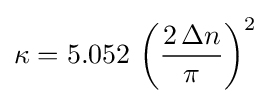
\kappa =5.052\,\left({\frac {2\,\Delta n}{\pi }}\right)^{2}